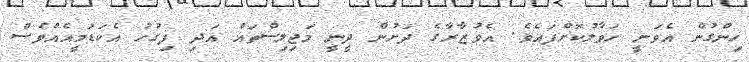
ހިންގުން އެވަނީ ހަވާލުކޮށްފައެވެ. އެވުޒާރާގެ ދަށުން ދީނީ މަޖިލިސްތައް އަދި ފިގުހު އެކަޑަމީއެއްވެސް